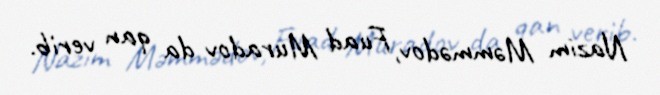
Nazim Məmmədov, Fuad Muradov da qan verib.